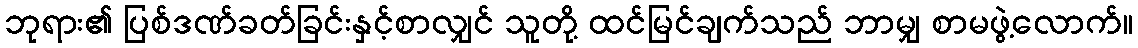
ဘုရား၏ ပြစ်ဒဏ်ခတ်ခြင်းနှင့်စာလျှင် သူတို့ ထင်မြင်ချက်သည် ဘာမျှ စာမဖွဲ့လောက်။